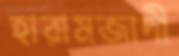
হারামজাদী